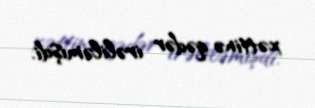
xəttinə qədər irəliləmişdi.